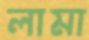
লামা